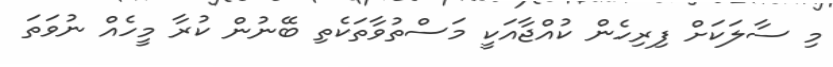
މި ސާލަކަށް ފިރިހެން ކުއްޖާއަކީ މަސްތުވާތަކެތި ބޭނުން ކުރާ މީހެއް ނުވަތަ